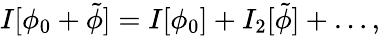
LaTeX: I[\phi_{0}+\tilde{\phi}]=I[\phi_{0}]+I_{2}[\tilde{\phi}]+\ldots,